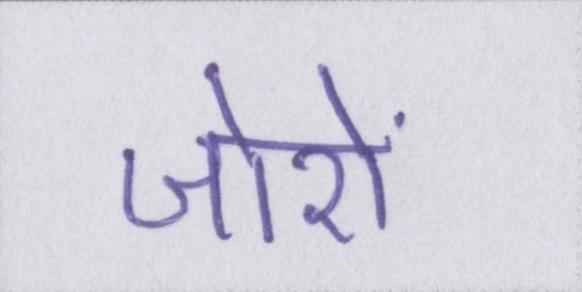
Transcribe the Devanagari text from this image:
जोरों